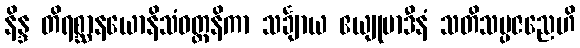
နိန္ဒ တိရစ္ဆာနယောနိသံဝတ္တနိကာ သင်္ချာယ ဧယျုမာဒီနံ သတိသမ္ပဇညေဟိ